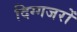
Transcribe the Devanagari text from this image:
दिग्गजरों